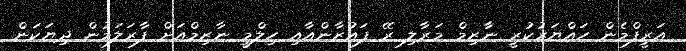
އަރީފްމެން ހައްޔަރުކުރީ ނާޒިމް މަރާލި ރޭ ފައުޒާންއާއި ހިލްމީ ނާޒިމްއަށް ފާރަލަމުން ދިޔަކަން